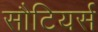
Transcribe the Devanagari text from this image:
सौटियर्स